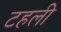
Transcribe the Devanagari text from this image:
टहली